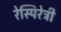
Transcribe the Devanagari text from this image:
रेस्पिरेट्री